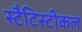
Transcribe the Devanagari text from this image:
स्टैटिस्टीकल